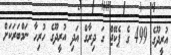
އުރީދޫގެ 499 ގެ ޕެކޭޖް ގަ ދިރާގް އަދި އުރީދޫގެ ހުރިހާ ނަމްބަރަކަށް